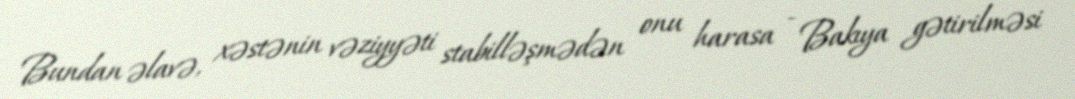
Bundan əlavə, xəstənin vəziyyəti stabilləşmədən onu harasa - Bakıya gətirilməsi